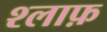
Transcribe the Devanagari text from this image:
श्लाफ़